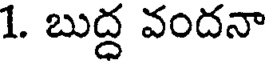
1. బుద్ద వందనా